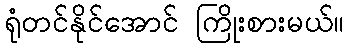
ရုံတင်နိုင်အောင် ကြိုးစားမယ်။